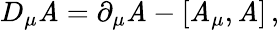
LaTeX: D_{\mu}\mathit{A}=\partial_{\mu}\mathit{A}-\left[\mathit{A}_{\mu},\mathit{A}\right]\, ,